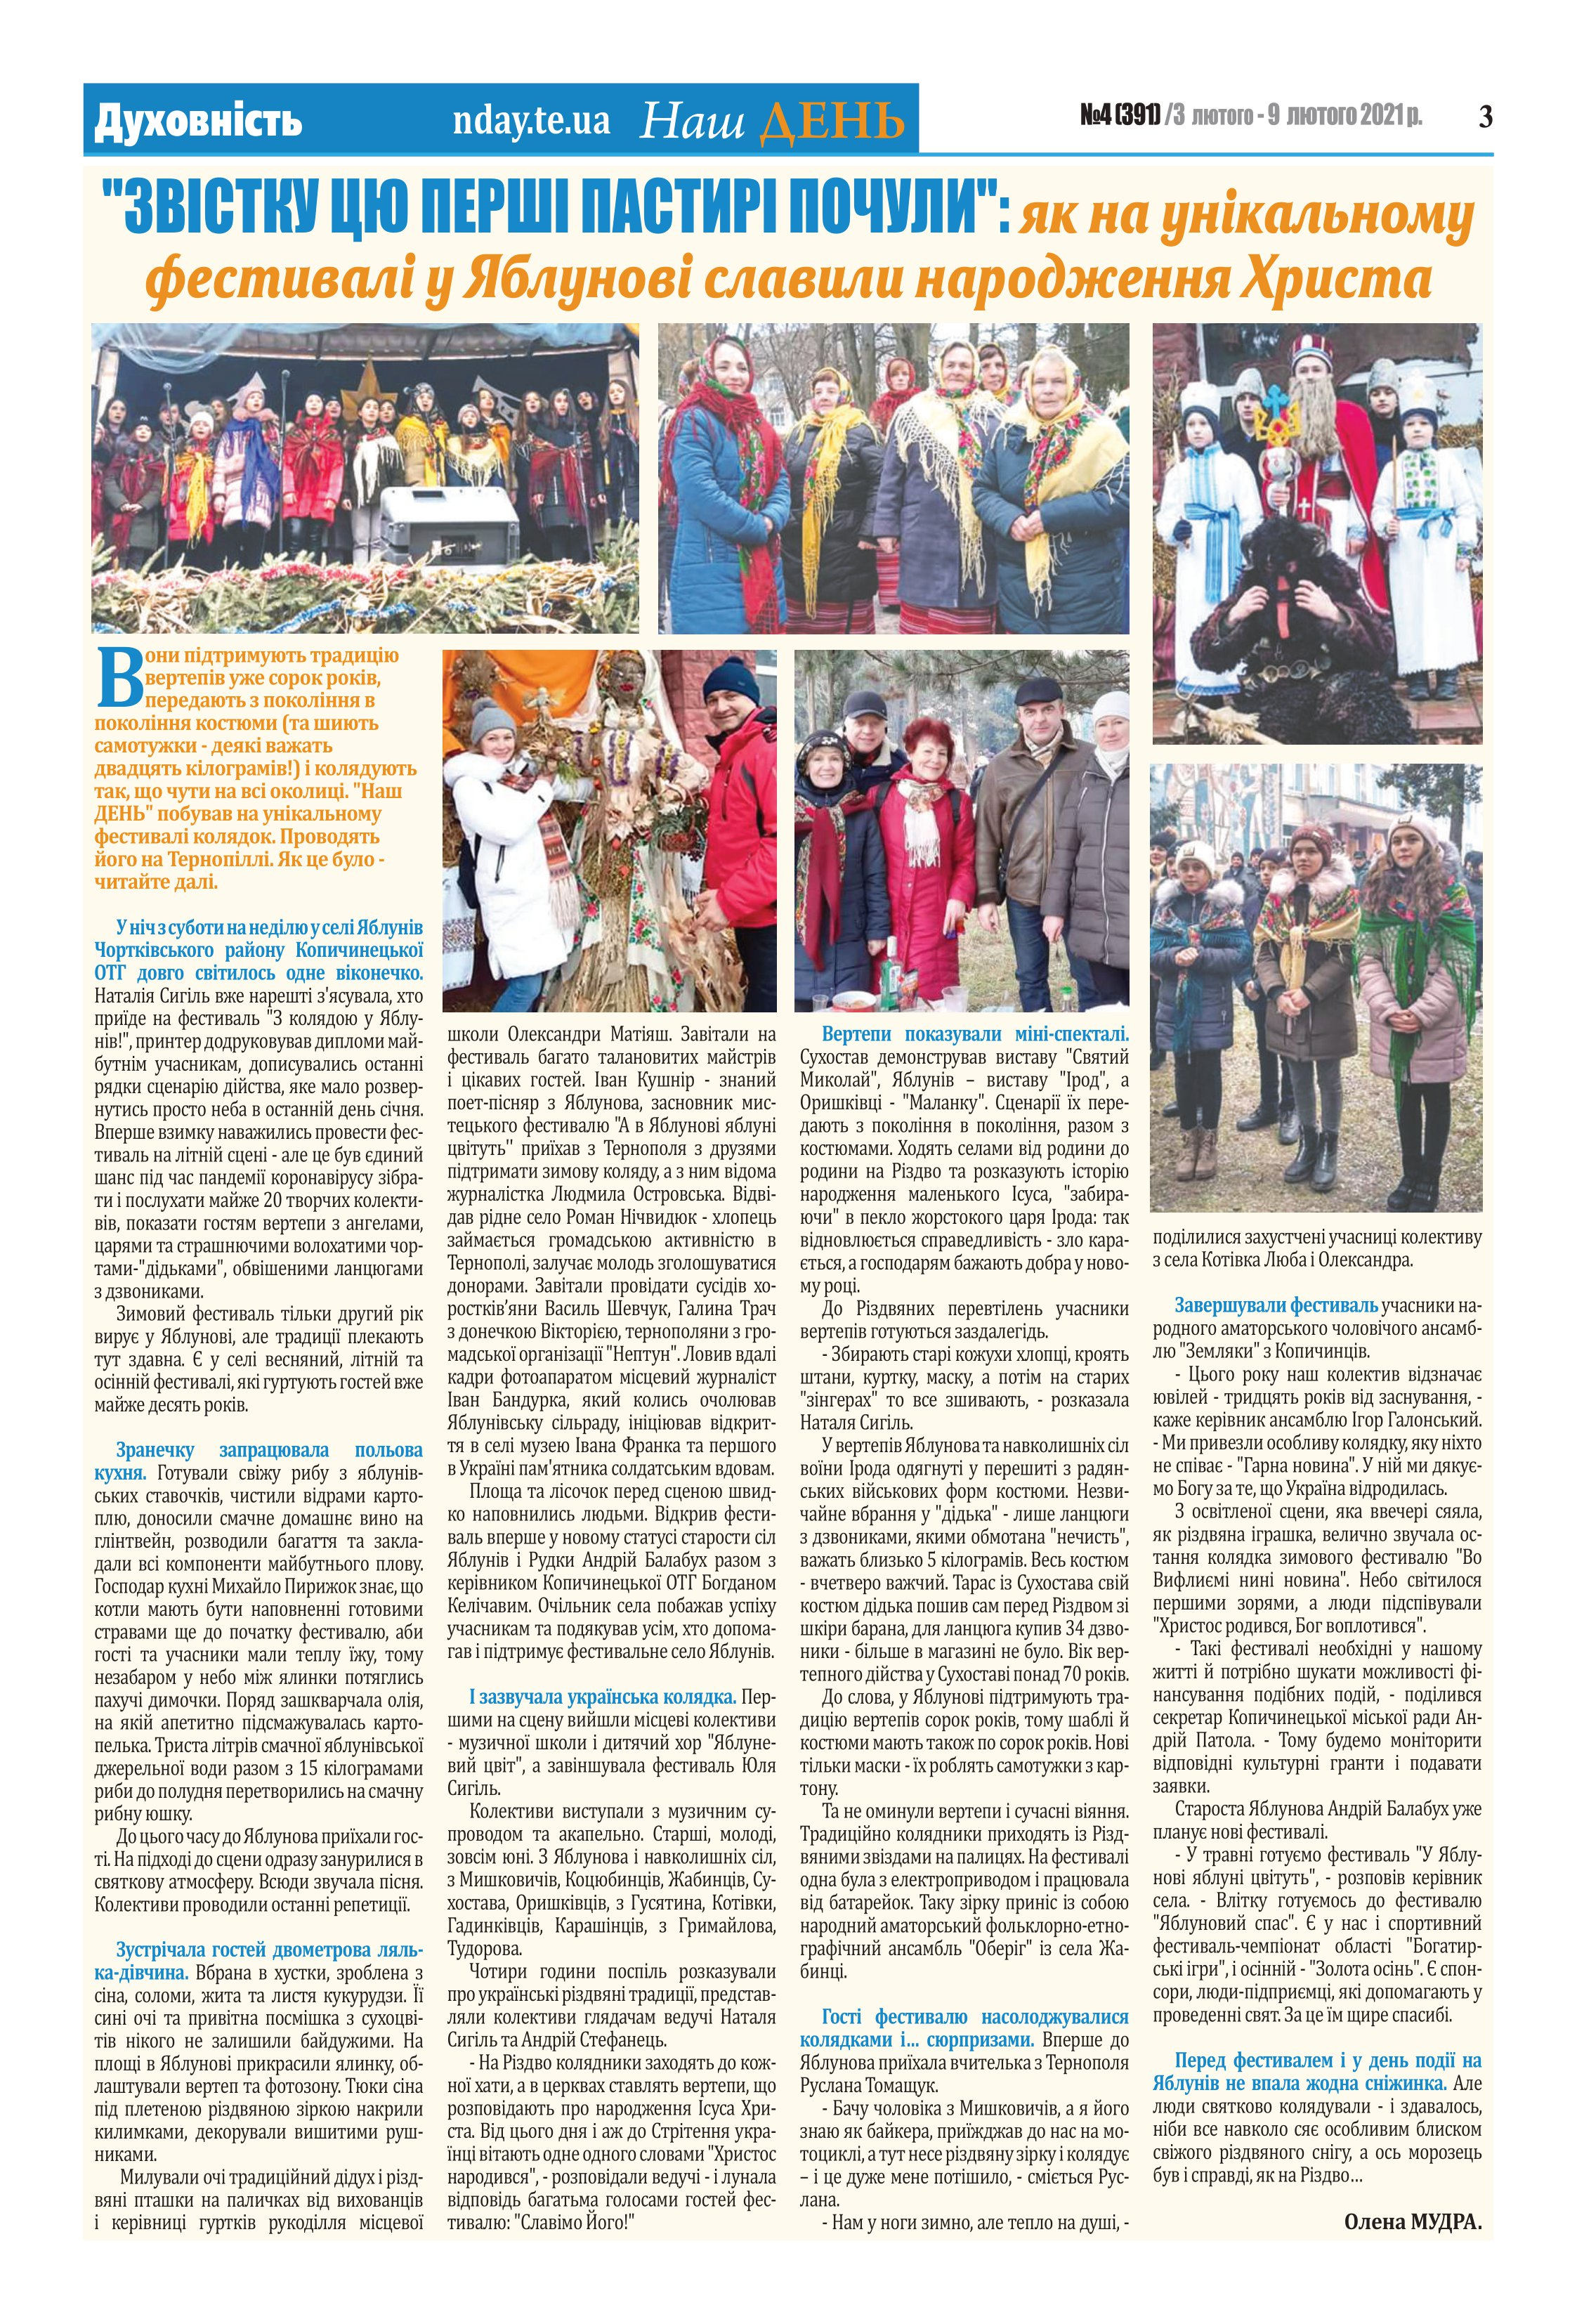
Language: uk